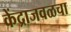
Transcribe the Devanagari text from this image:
केंद्राजवळचा